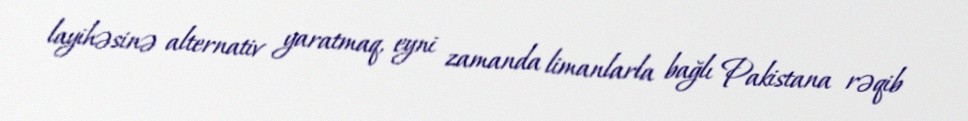
layihəsinə alternativ yaratmaq, eyni zamanda limanlarla bağlı Pakistana rəqib